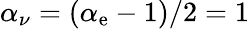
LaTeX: \alpha_{\nu}=(\alpha_{\mathrm{e}}-1)/2=1